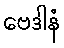
ဗေဒါနံ